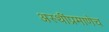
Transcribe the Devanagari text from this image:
अस्थींप्रमाणेच